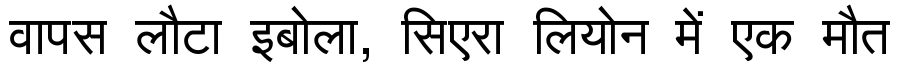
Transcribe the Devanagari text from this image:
वापस लौटा इबोला, सिएरा लियोन में एक मौत